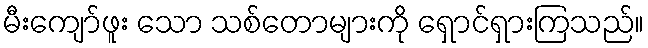
မီးကျော်ဖူး သော သစ်တောများကို ရှောင်ရှားကြသည်။